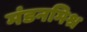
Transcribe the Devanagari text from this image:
मंडनमिश्र